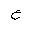
Letter: _ayn